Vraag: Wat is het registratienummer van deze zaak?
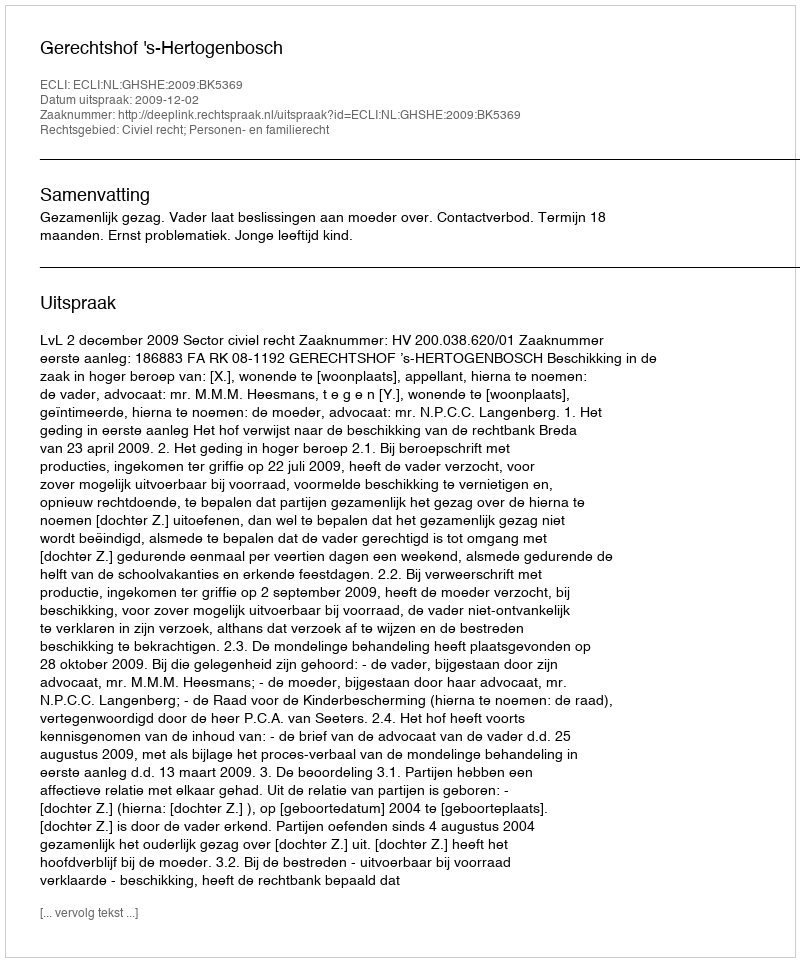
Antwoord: http://deeplink.rechtspraak.nl/uitspraak?id=ECLI:NL:GHSHE:2009:BK5369